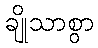
ချိုသာစွာ